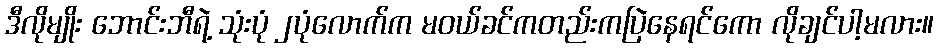
ဒီလိုမျိုး ဘောင်းဘီရဲ့ သုံးပုံ ၂ပုံလောက်က မဝယ်ခင်ကတည်းကပြဲနေရင်ကော လိုချင်ပါ့မလား။